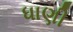
ધાણી